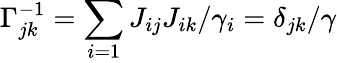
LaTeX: \Gamma_{jk}^{-1}=\sum_{i=1}J_{ij}J_{ik}/\gamma_{i}=\delta_{jk}/\gamma